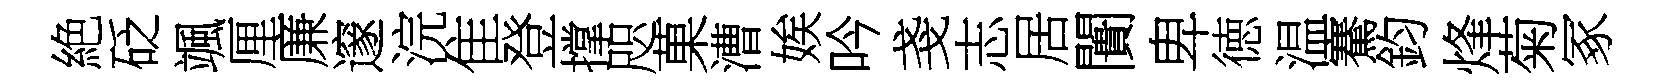
絶砭颯厘廉邃浣隹登撑咫菓漕娭吟戔志居闠卑徳温騫鈞烽菊冢